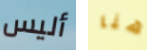
أليس هنا